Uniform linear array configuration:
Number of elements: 4
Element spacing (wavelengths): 1
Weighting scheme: blackman
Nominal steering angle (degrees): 60
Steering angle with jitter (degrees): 60.241
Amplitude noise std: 0.05
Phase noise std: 0.05

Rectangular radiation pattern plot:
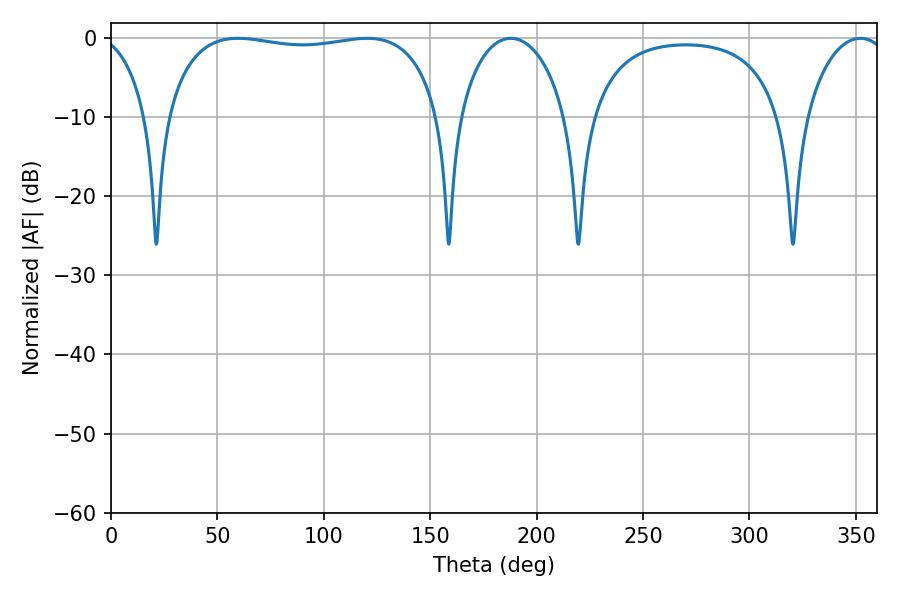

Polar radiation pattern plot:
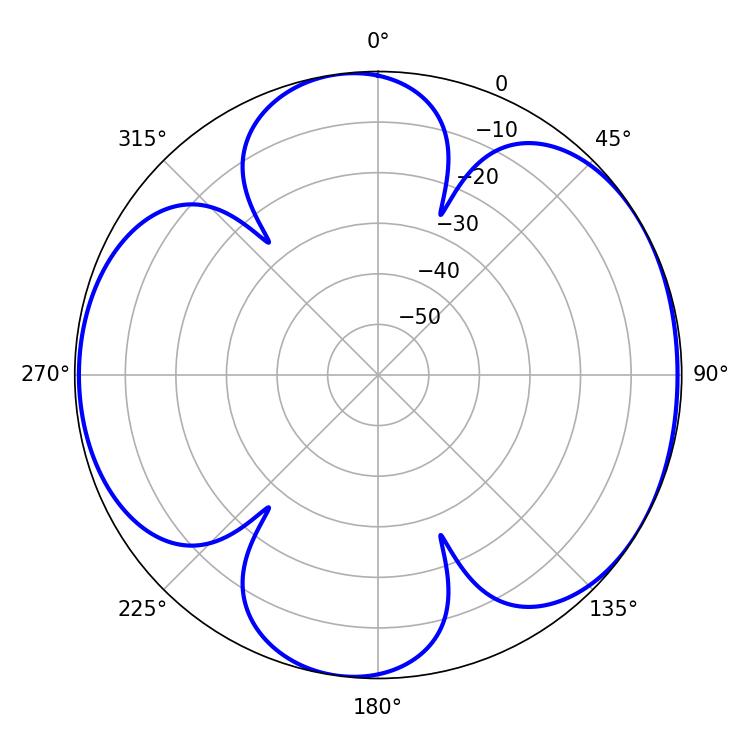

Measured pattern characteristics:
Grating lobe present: TRUE
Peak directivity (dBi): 5.983
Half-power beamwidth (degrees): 104.4
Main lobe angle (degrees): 59.58